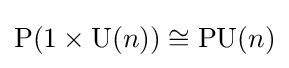
\mathrm {P} (1\times \mathrm {U} (n))\cong \mathrm {PU} (n)